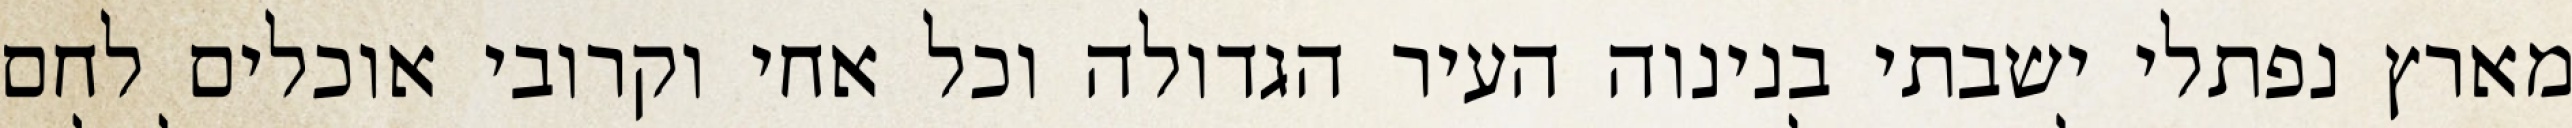
מארץ נפתלי ישבתי בנינוה העיר הגדולה וכל אחי וקרובי אוכלים לחם